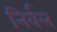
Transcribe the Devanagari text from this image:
निर्वल